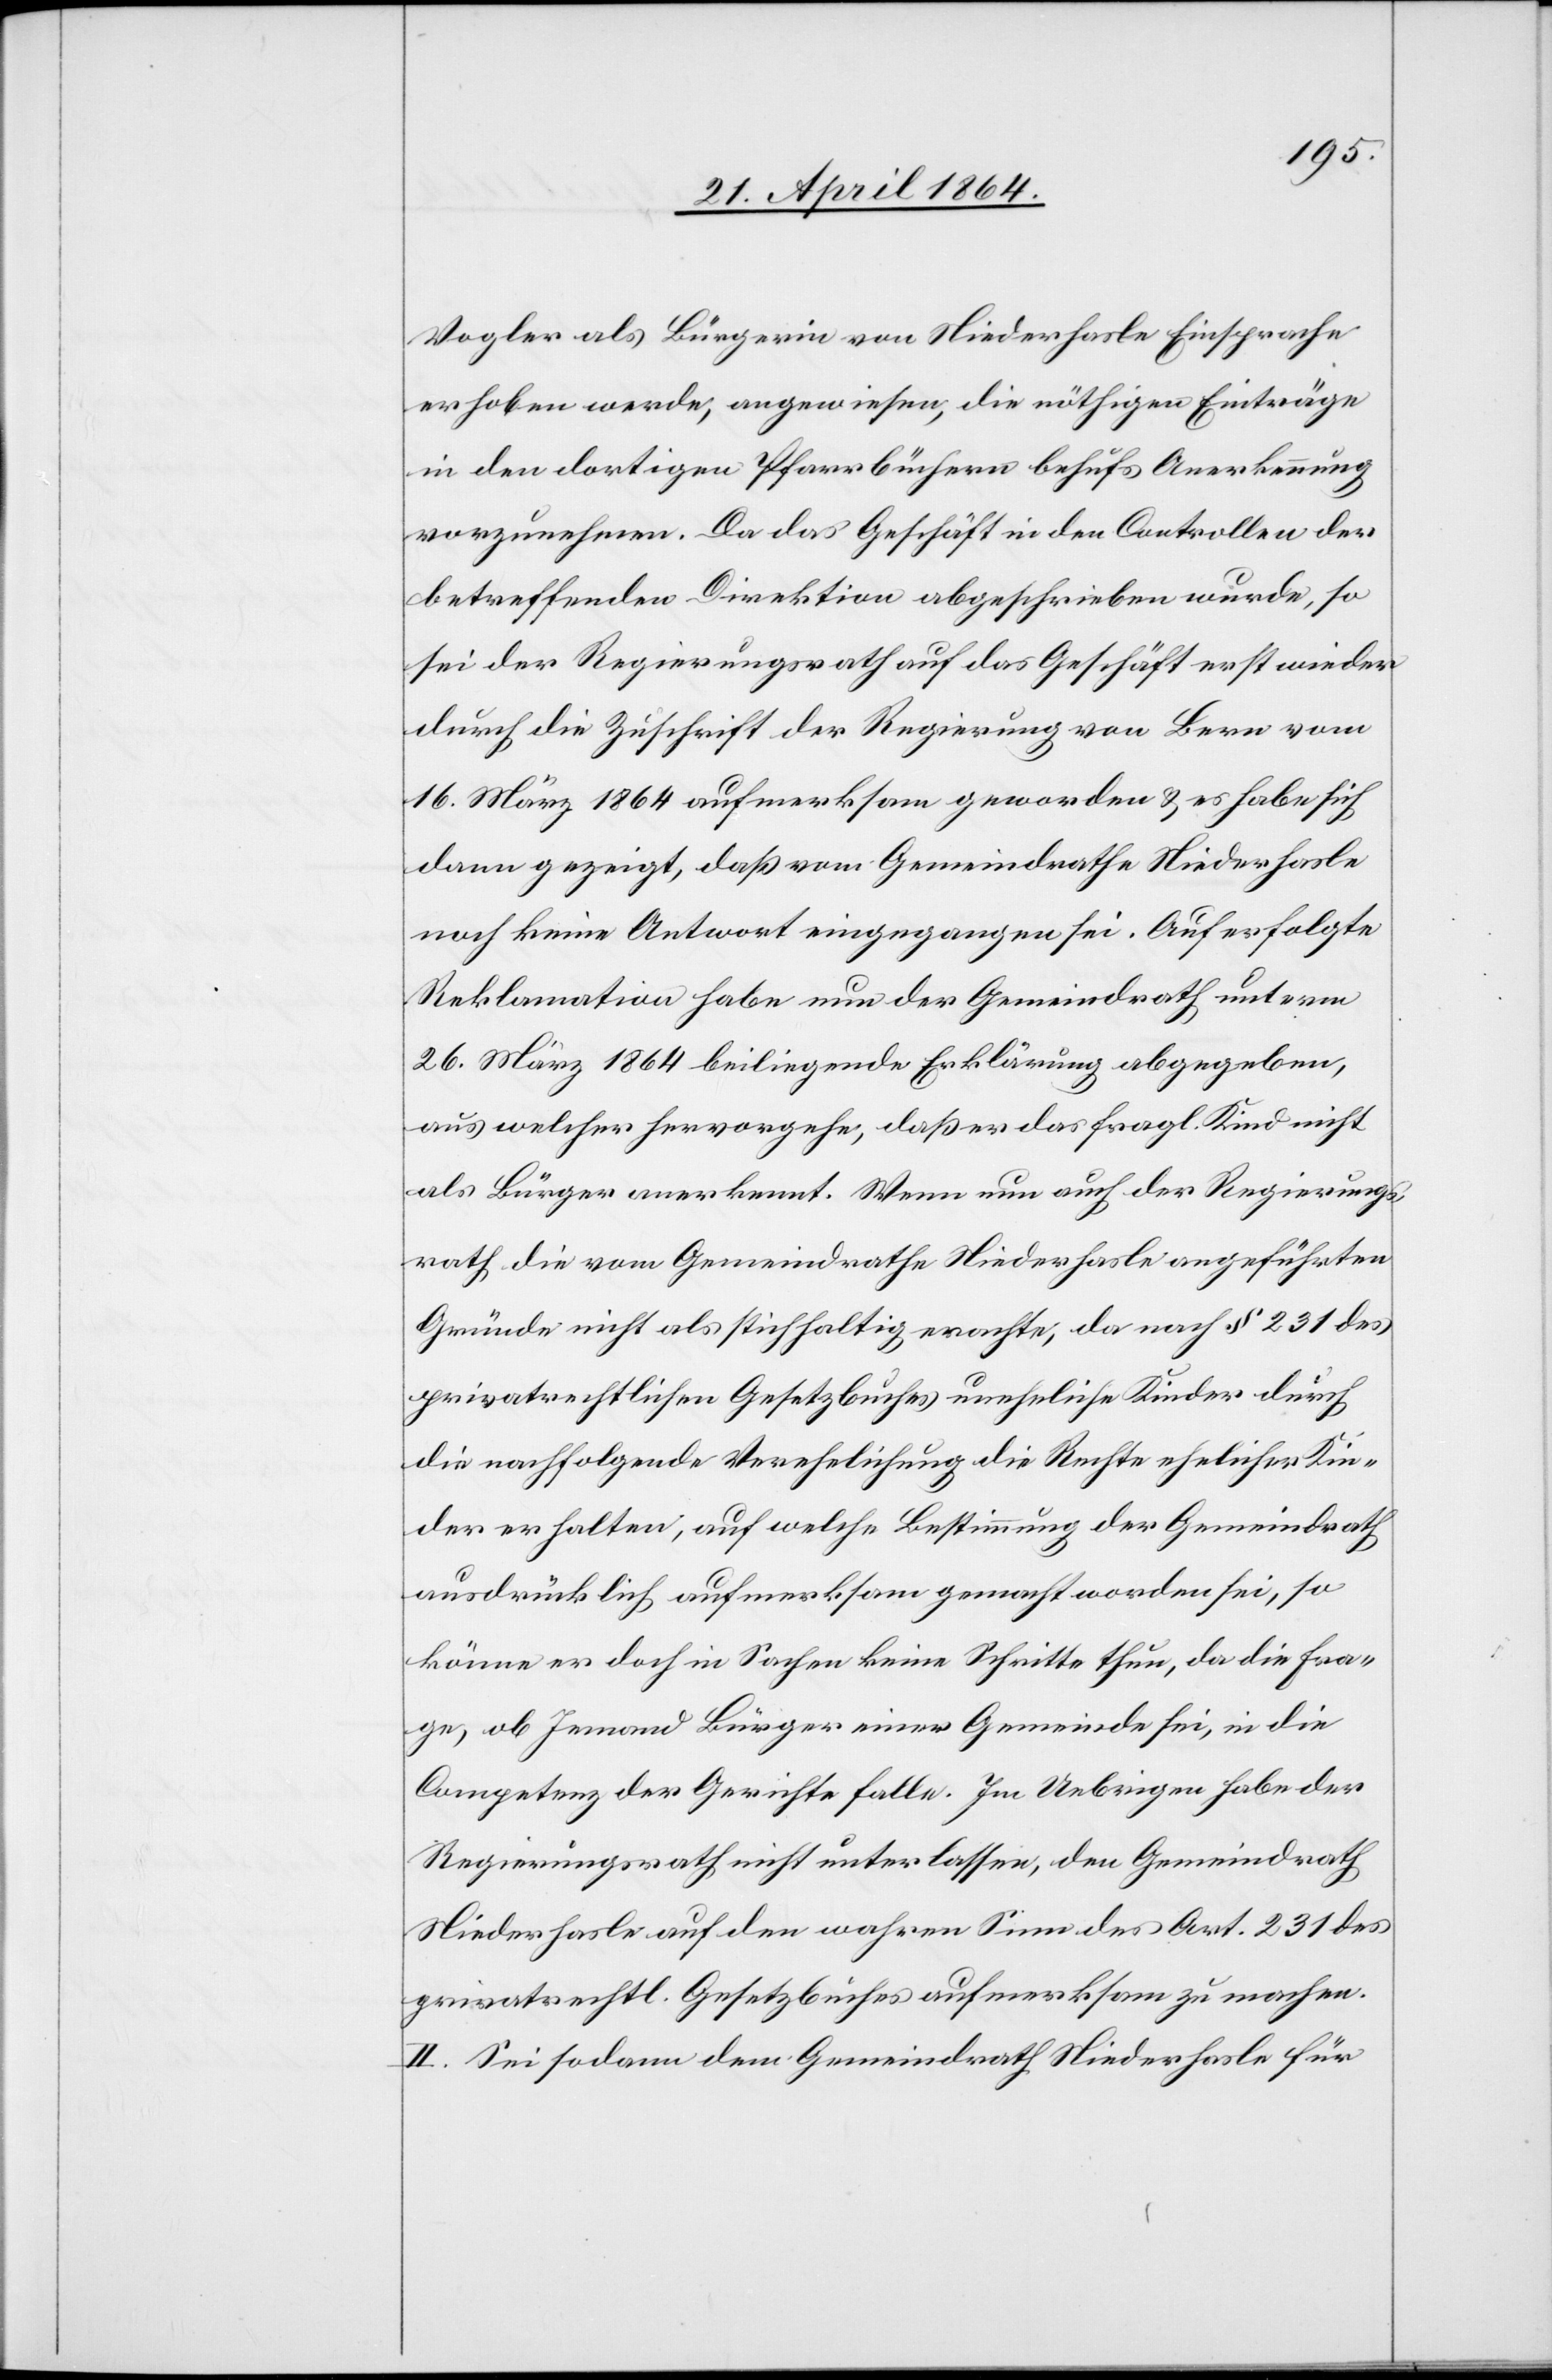
Vogler als Bürgerin von Niederhasle Einsprache
erhoben werde, angewiesen, die nöthigen Einträge
in den dortigen Pfarrbüchern behufs Anerkennung
vorzunehmen. Da das Geschäft in den Controllen der
betreffenden Direktion abgeschrieben wurde, so
sei der Regierungsrath auf das Geschäft erst wieder
durch die Zuschrift der Regierung von Bern vom
16. März 1864 aufmerksam geworden u. es habe sich
dann gezeigt, daß vom Gemeindrathe Niederhasle
noch keine Antwort eingegangen sei. Auf erfolgte
Reklamation habe nun der Gemeindrath unterm
26. März 1864 beiliegende Erklärung abgegeben,
aus welcher hervorgehe, daß er das fragl. Kind nicht
als Bürger anerkennt. Wenn nun auch der Regierungs¬
rath die vom Gemeindrathe Niederhasle angeführten
Gründe nicht als stichhaltig erachte, da nach § 231 des
privatrechtlichen Gesetzbuches uneheliche Kinder durch
die nachfolgende Verehelichung die Rechte ehelicher Kin¬
der erhalten, auf welche Bestimmung der Gemeindrath
ausdrücklich aufmerksam gemacht worden sei, so
könne er doch in Sachen keine Schritte thun, da die Fra¬
ge, ob Jemand Bürger einer Gemeinde sei, in die
Competenz der Gerichte falle. Im Uebrigen habe der
Regierungsrath nicht unterlassen, den Gemeindrath
Niederhasle auf den wahren Sinn des Art 231 des
privatrechtl. Gesetzbuches aufmerksam zu machen.
II. Sei sodann dem Gemeindrath Niederhasle für